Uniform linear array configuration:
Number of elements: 64
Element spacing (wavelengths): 0.75
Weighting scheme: cosine
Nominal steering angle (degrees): -30
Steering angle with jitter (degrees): -31.343
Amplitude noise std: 0.05
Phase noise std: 0.05

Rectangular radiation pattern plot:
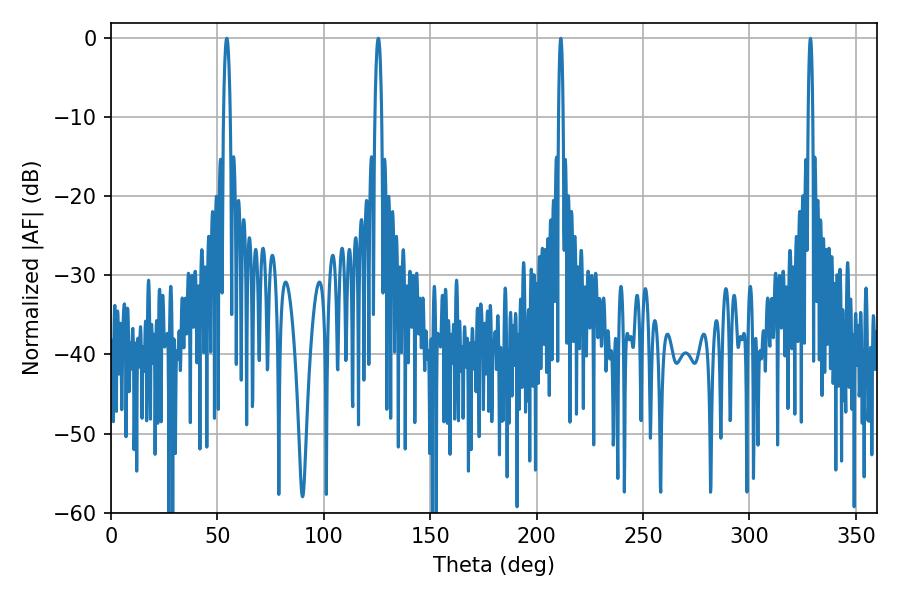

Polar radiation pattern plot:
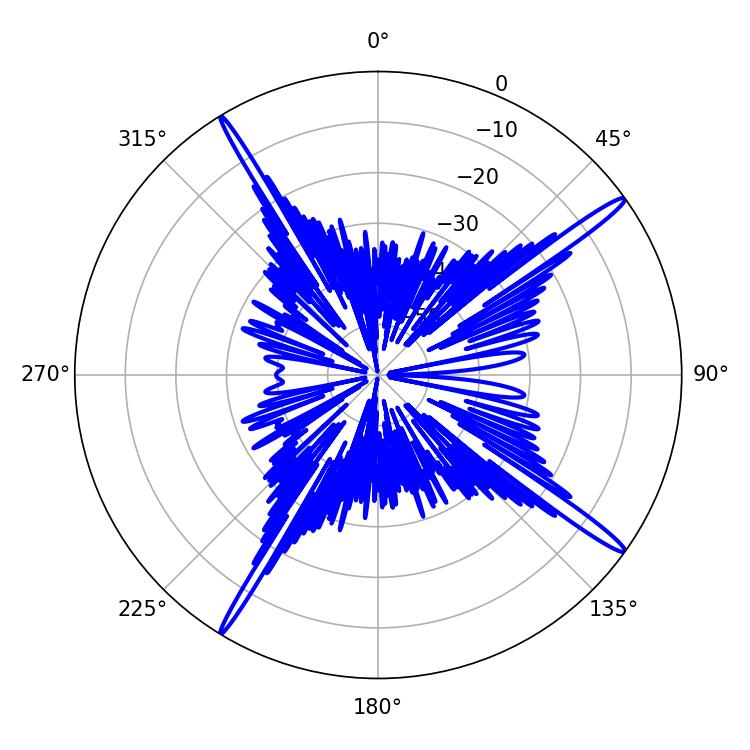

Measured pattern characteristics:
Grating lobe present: TRUE
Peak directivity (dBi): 17.808
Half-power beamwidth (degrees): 1.08
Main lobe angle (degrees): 211.32